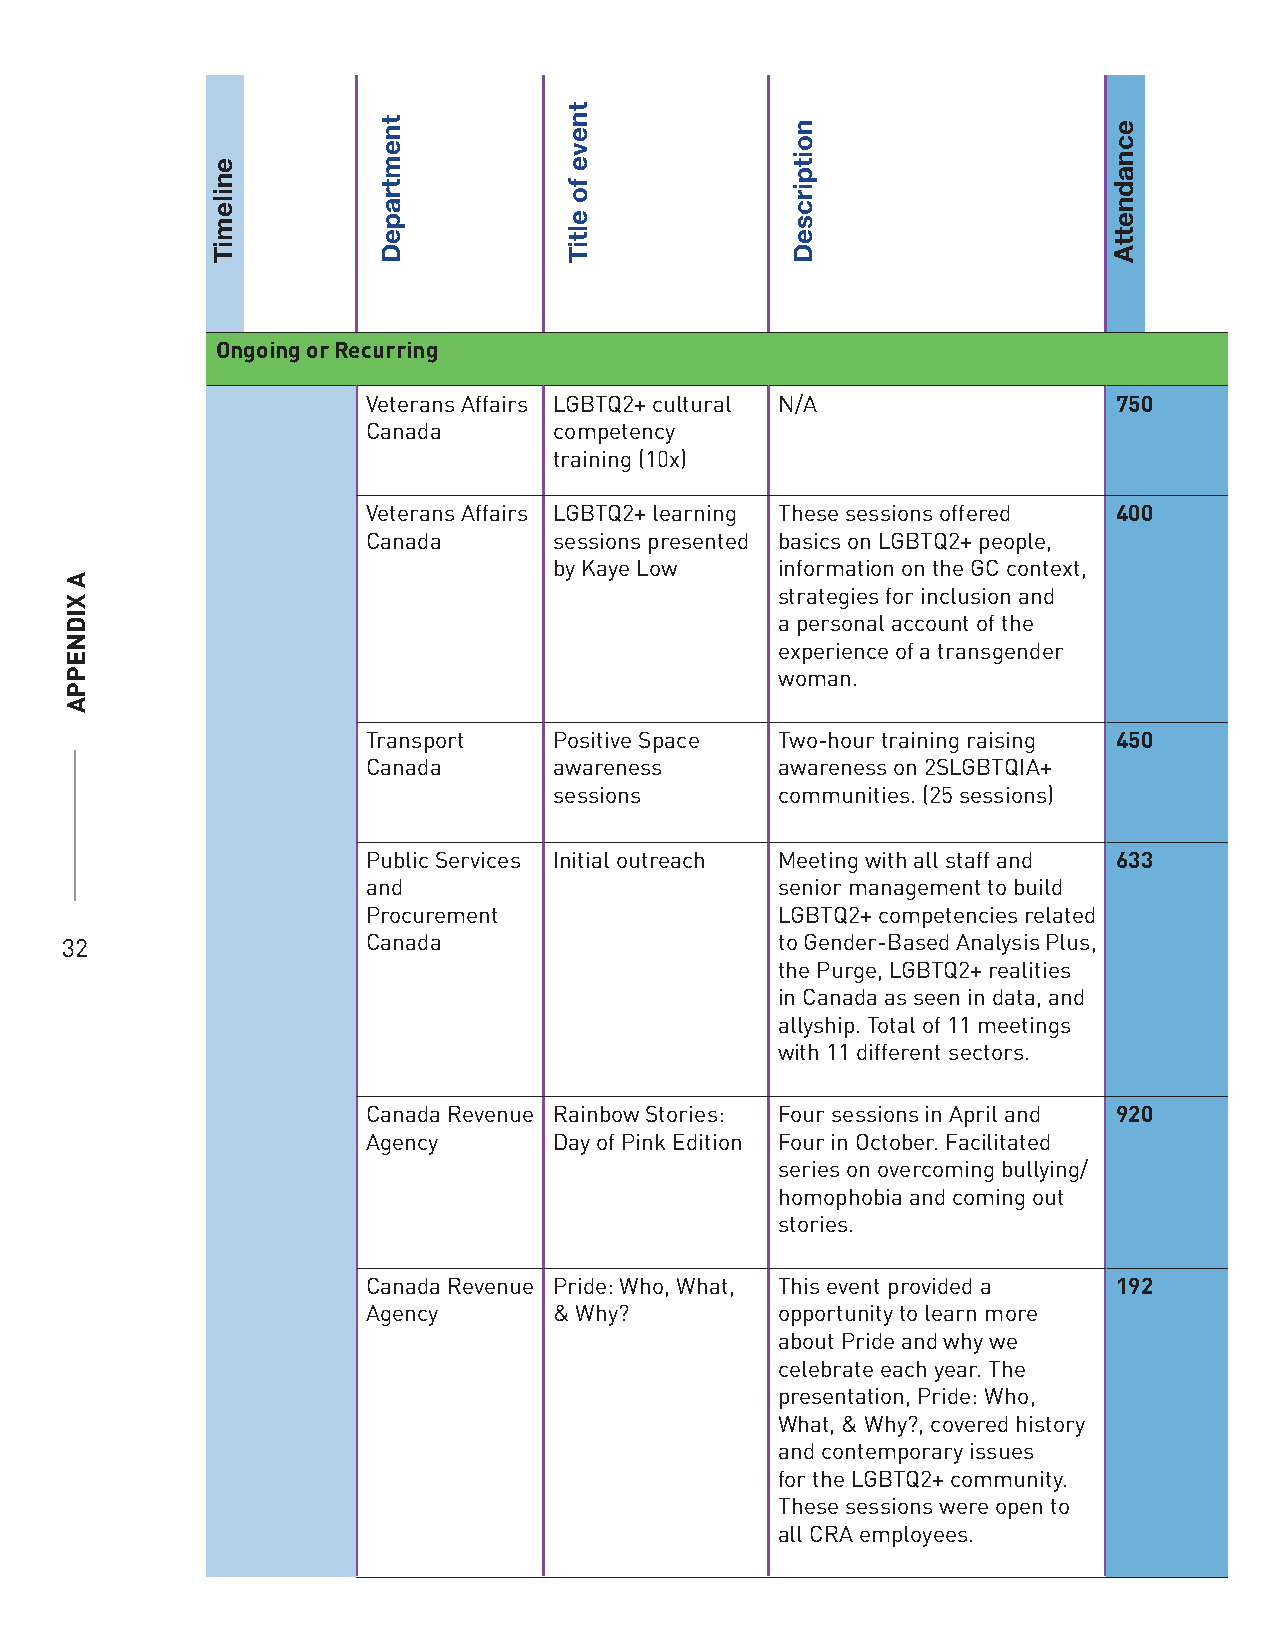
Ongoing or Recurring
 Veterans Affairs LGBTQ2+ cultural N/A             750
 Canada       competency
 training (10x)
 Veterans Affairs LGBTQ2+ learning These sessions offered 400
 Canada       sessions presented basics on LGBTQ2+ people,
 by Kaye Low    information on the GC context,
 strategies for inclusion and
 a personal account of the
 experience of a transgender
 woman.
 Transport    Positive Space Two-hour training raising 450
 Canada       awareness      awareness on 2SLGBTQIA+
 sessions       communities. (25 sessions)
 Public Services Initial outreach Meeting with all staff and 633
 and                         senior management to build
 Procurement                 LGBTQ2+ competencies related
 32                  Canada                      to Gender-Based Analysis Plus,
 the Purge, LGBTQ2+ realities
 in Canada as seen in data, and
 allyship. Total of 11 meetings
 with 11 different sectors.
 Canada Revenue Rainbow Stories: Four sessions in April and 920
 Agency       Day of Pink Edition Four in October. Facilitated
 series on overcoming bullying/
 homophobia and coming out
 stories.
 Canada Revenue Pride: Who, What, This event provided a 192
 Agency       & Why?         opportunity to learn more
 about Pride and why we
 celebrate each year. The
 presentation, Pride: Who,
 What, & Why?, covered history
 and contemporary issues
 for the LGBTQ2+ community.
 These sessions were open to
 all CRA employees.
 A
 XIDNEPPA
 enilemiT
 tnemtrapeD
 tneve
 fo
 eltiT
 noitpircseD          ecnadnettA